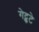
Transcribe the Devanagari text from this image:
गेट्कटे